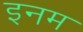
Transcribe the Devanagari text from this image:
इनम